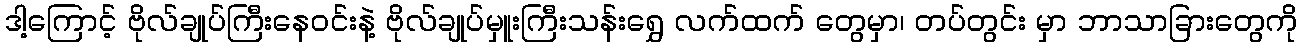
ဒါ့ကြောင့် ဗိုလ်ချုပ်ကြီးနေဝင်းနဲ့ ဗိုလ်ချုပ်မှူးကြီးသန်းရွှေ လက်ထက် တွေမှာ၊ တပ်တွင်း မှာ ဘာသာခြားတွေကို